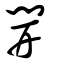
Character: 開